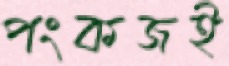
পংকজই